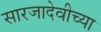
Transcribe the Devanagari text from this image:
सारजादेवीच्या